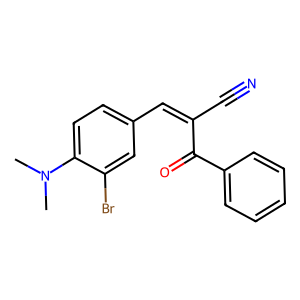
SMILES: CN(C)c1ccc(C=C(C#N)C(=O)c2ccccc2)cc1Br
Inhibits HIV replication: No